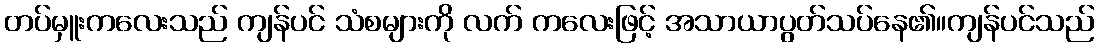
တပ်မှူးကလေးသည် ကျန်ပင် သံစများကို လက် ကလေးဖြင့် အသာယာပွတ်သပ်နေ၏။ကျန်ပင်သည်